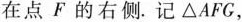
在点F的右侧.记△AFG，